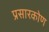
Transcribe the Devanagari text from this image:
प्रसारकोण